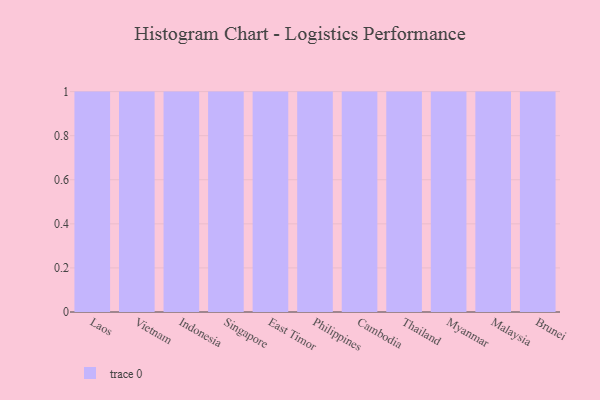
{"axis": {"x": "Country", "y": "Website Visitors"}, "legend": [""], "data": [{"x": "Laos", "y": 87, "type": ""}, {"x": "Vietnam", "y": 65, "type": ""}, {"x": "Indonesia", "y": 60, "type": ""}, {"x": "Singapore", "y": 44, "type": ""}, {"x": "East Timor", "y": 92, "type": ""}, {"x": "Philippines", "y": 2, "type": ""}, {"x": "Cambodia", "y": 30, "type": ""}, {"x": "Thailand", "y": 72, "type": ""}, {"x": "Myanmar", "y": 96, "type": ""}, {"x": "Malaysia", "y": 14, "type": ""}, {"x": "Brunei", "y": 18, "type": ""}]}